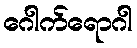
ဂေါက်ရောဂါ